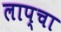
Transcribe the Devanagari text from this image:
लाप्चा